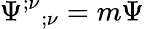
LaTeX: \Psi^{;\nu}{}_{;\nu}=m\Psi